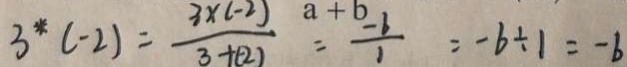
3 ^ { \ast } ( - 2 ) = \frac { 3 \times ( - 2 ) } { 3 + ( - 2 ) } = - \frac { - b } { 1 } = - b \div 1 = - b